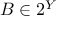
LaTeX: B \in 2 ^ { Y }